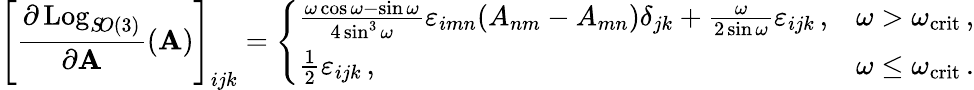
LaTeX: \left[\frac{\partial\operatorname{Log}_{S\! O(3)}}{\partial\mathbf A}(\mathbf A)\right]_{ijk}=\left\{ \begin{array}{ll}{\frac{\omega\cos\omega-\sin\omega}{4\sin^{3}\omega}\varepsilon_{imn}(A_{nm}-A_{mn})\delta_{jk}+\frac{\omega}{2\sin\omega}\varepsilon_{ijk}\, ,}&{\omega>\omega_{\mathrm{crit}}\, ,}\\ {\frac{1}{2}\varepsilon_{ijk}\, ,}&{\omega\leq\omega_{\mathrm{crit}}\, .}\end{array}\right.